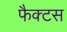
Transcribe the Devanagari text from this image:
फैक्टस